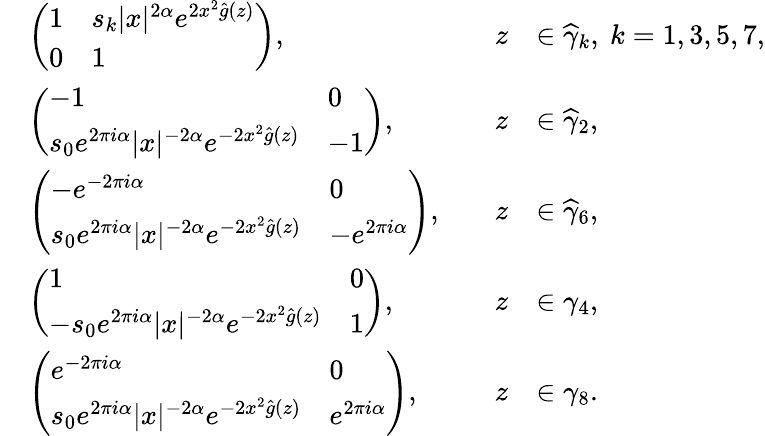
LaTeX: \begin{array}{rlrl}&{\left(\begin{array}{ll}{1}&{s_{k}|x|^{2\alpha}e^{2x^{2}\widehat{g}(z)}}\\ {0}&{1}\end{array}\right),\quad}&{z}&{\in\widehat{\gamma}_{k},\ k=1,3,5,7,}\\ &{\left(\begin{array}{ll}{-1}&{0}\\ {s_{0}e^{2\pi i\alpha}|x|^{-2\alpha}e^{-2x^{2}\widehat{g}(z)}}&{-1}\end{array}\right),\quad}&{z}&{\in\widehat{\gamma}_{2},}\\ &{\left(\begin{array}{ll}{-e^{-2\pi i\alpha}}&{0}\\ {s_{0}e^{2\pi i\alpha}|x|^{-2\alpha}e^{-2x^{2}\widehat{g}(z)}}&{-e^{2\pi i\alpha}}\end{array}\right),\quad}&{z}&{\in\widehat{\gamma}_{6},}\\ &{\left(\begin{array}{ll}{1}&{0}\\ {-s_{0}e^{2\pi i\alpha}|x|^{-2\alpha}e^{-2x^{2}\widehat{g}(z)}}&{1}\end{array}\right),\quad}&{z}&{\in\gamma_{4},}\\ &{\left(\begin{array}{ll}{e^{-2\pi i\alpha}}&{0}\\ {s_{0}e^{2\pi i\alpha}|x|^{-2\alpha}e^{-2x^{2}\widehat{g}(z)}}&{e^{2\pi i\alpha}}\end{array}\right),\quad}&{z}&{\in\gamma_{8}.}\end{array}